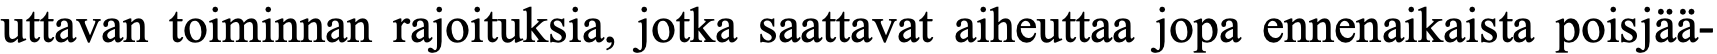
uttavan toiminnan rajoituksia, jotka saattavat aiheuttaa jopa ennenaikaista poisjää-